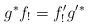
LaTeX: \begin{align*}g^* f_! = f'_! g'^*\end{align*}